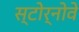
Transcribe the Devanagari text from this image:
स्टोर्नोवे